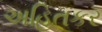
અહિતકર